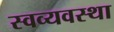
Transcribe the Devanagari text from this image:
स्वव्यवस्था